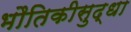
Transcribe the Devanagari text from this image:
भौतिकीसुद्धा